Vaccination in Bombay 1863-1868 - 1863-1868
Year: 1863
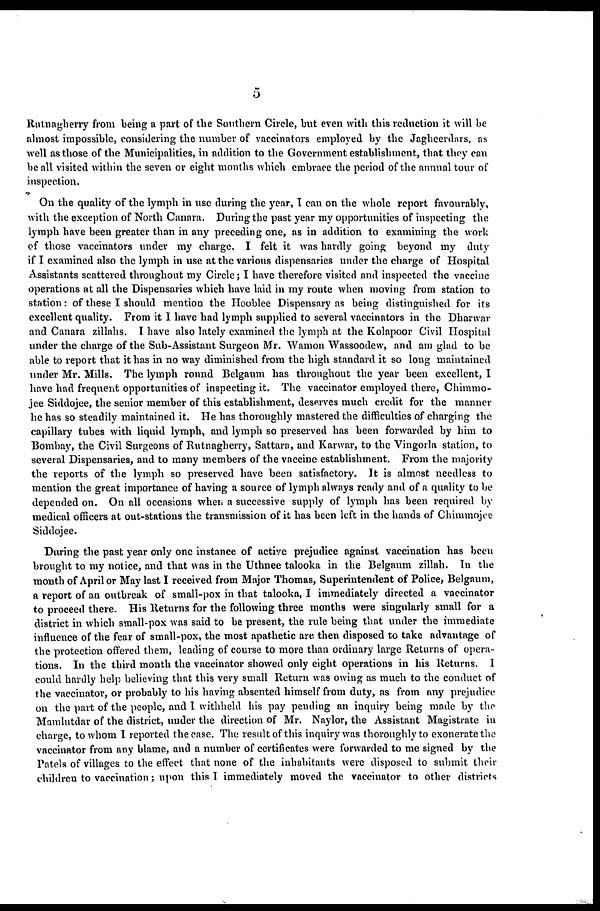
5
Ratnagherry from being a part of the Southern Circle, but even with this reduction it will be
almost impossible, considering the number of vaccinators employed by the Jagheerdars, as
well as those of the Municipalities, in addition to the Government establishment, that they can
be all visited within the seven or eight months which embrace the period of the annual tour of
inspection.
On the quality of the lymph in use during the year, I can on the whole report favourably,
with the exception of North Canara. During the past year my opportunities of inspecting the
lymph have been greater than in any preceding one, as in addition to examining the work
of those vaccinators under my charge. I felt it was hardly going beyond my duty
if I examined also the lymph in use at the various dispensaries under the charge of Hospital
Assistants scattered throughout my Circle; I have therefore visited and inspected the vaccine
operations at all the Dispensaries which have laid in my route when moving from station to
station: of these I should mention the Hooblee Dispensary as being distinguished for its
excellent quality. From it I have had lymph supplied to several vaccinators in the Dharwar
and Canara zillahs. I have also lately examined the lymph at the Kolapoor Civil Hospital
under the charge of the Sub-Assistant Surgeon Mr. Wamon Wassoodew, and am glad to be
able to report that it has in no way diminished from the high standard it so long maintained
under Mr. Mills. The lymph round Belgaum has throughout the year been excellent, I
have had frequent opportunities of inspecting it. The vaccinator employed there, Chimmo-
jee Siddojee, the senior member of this establishment, deserves much credit for the manner
he has so steadily maintained it. He has thoroughly mastered the difficulties of charging the
capillary tubes with liquid lymph, and lymph so preserved has been forwarded by him to
Bombay, the Civil Surgeons of Rutnagherry, Sattara, and Karwar, to the Vingorla station, to
several Dispensaries, and to many members of the vaccine establishment. From the majority
the reports of the lymph so preserved have been satisfactory. It is almost needless to
mention the great importance of having a source of lymph always ready and of a quality to be
depended on. On all occasions when a successive supply of lymph has been required by
medical officers at out-stations the transmission of it has been left in the hands of Chimmojee
Siddojee.
During the past year only one instance of active prejudice against vaccination has been
brought to my notice, and that was in the Uthnee talooka in the Belgaum zillah. In the
month of April or May last I received from Major Thomas, Superintendent of Police, Belgaum,
a report of an outbreak of small-pox in that talooka, I immediately directed a vaccinator
to proceed there. His Returns for the following three months were singularly small for a
district in which small-pox was said to be present, the rule being that under the immediate
influence of the fear of small-pox, the most apathetic are. then disposed to take advantage of
the protection offered them, leading of course to more than ordinary large Returns of opera-
tions. In the third month the vaccinator showed only eight operations in his Returns. I
could hardly help believing that this very small Return was owing as much to the conduct of
the vaccinator, or probably to his having absented himself from duty, as from any prejudice
oil the part of the people, and I withheld his pay pending an inquiry being made by the
Mamlutdar of the district, under the direction of Mr. Naylor, the Assistant Magistrate in
charge, to whom I reported the case. The result of this inquiry was thoroughly to exonerate the
vaccinator from any blame, and a number of certificates were forwarded to me signed by the
Patels of villages to the effect that none of the inhabitants were disposed to submit their
children to vaccination; upon this I immediately moved the vaccinator to other districts